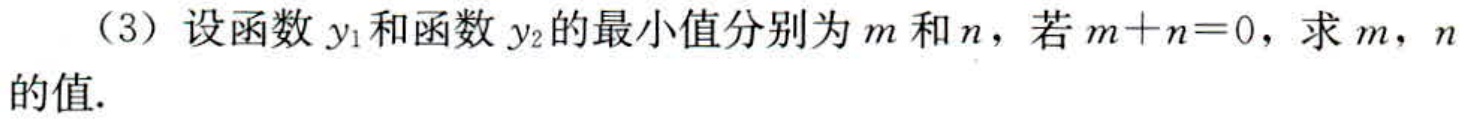
（3）设函数$y_{1}$和函数$y_{2}$的最小值分别为$m$和$n$，若$m + n = 0$，求$m$，$n$的值.